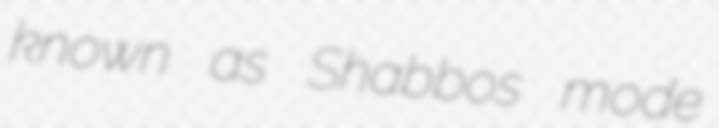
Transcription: known as Shabbos mode